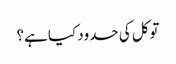
توکل کی حدود کیا ہے؟